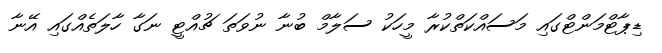
ޑިޕާޓްމަންޓްގައި މަސައްކަތްކުރާ މީހަކު ސަލާމް ބުނާ ނުވަތަ ޗުއްޓީ ނަގާ ހާލަތެއްގައި އޭނާ